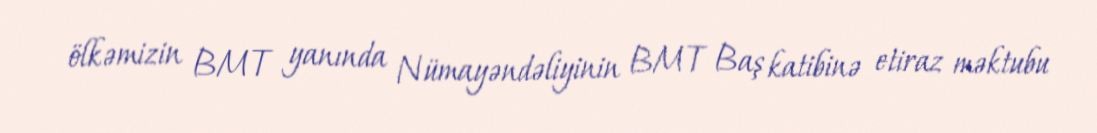
ölkəmizin BMT yanında Nümayəndəliyinin BMT Baş katibinə etiraz məktubu